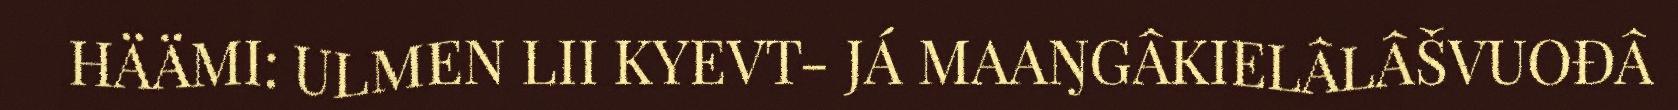
HÄÄMI: ULMEN LII KYEVT- JÁ MAAŊGÂKIELÂLÂŠVUOĐÂ